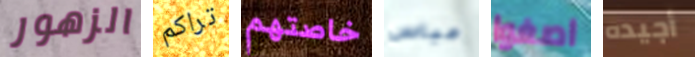
الزهور تراكم خاصتهم عباس اصغوا أجيده